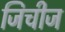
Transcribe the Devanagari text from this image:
जिचीज